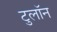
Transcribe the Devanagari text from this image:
टुलॉन